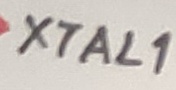
Text: XTAL1